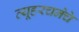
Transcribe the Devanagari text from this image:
व्यूहरचनेचे